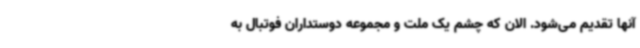
آنها تقدیم می‌شود. الان که چشم یک ملت و مجموعه دوستداران فوتبال به